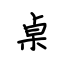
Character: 桌